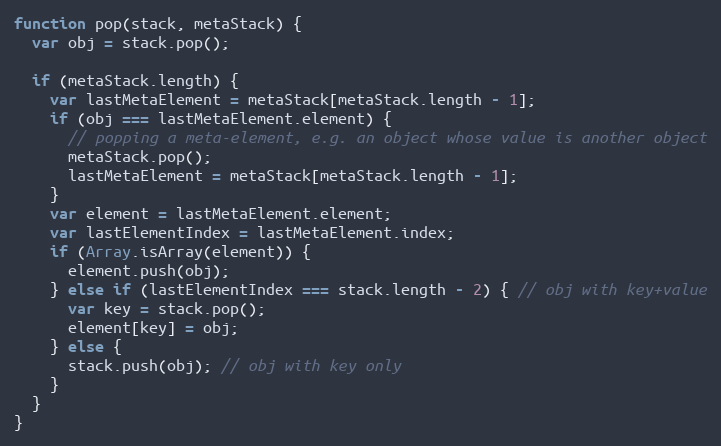
Language: JavaScript
function pop(stack, metaStack) {
  var obj = stack.pop();

  if (metaStack.length) {
    var lastMetaElement = metaStack[metaStack.length - 1];
    if (obj === lastMetaElement.element) {
      // popping a meta-element, e.g. an object whose value is another object
      metaStack.pop();
      lastMetaElement = metaStack[metaStack.length - 1];
    }
    var element = lastMetaElement.element;
    var lastElementIndex = lastMetaElement.index;
    if (Array.isArray(element)) {
      element.push(obj);
    } else if (lastElementIndex === stack.length - 2) { // obj with key+value
      var key = stack.pop();
      element[key] = obj;
    } else {
      stack.push(obj); // obj with key only
    }
  }
}